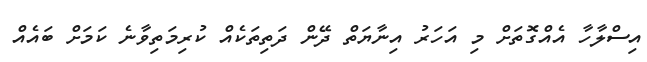
އިސްލާހާ އެއްގޮތަށް މި އަހަރު އިނާޔަތް ދޭން ދަތިތަކެއް ކުރިމަތިވާނެ ކަމަށް ބައެއް